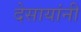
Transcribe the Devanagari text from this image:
देसायांनी